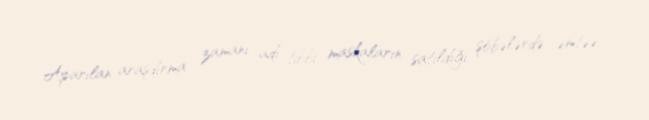
Aparılan araşdırma zamanı adi tibbi maskaların satıldığı şöbələrdə əmtəə